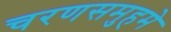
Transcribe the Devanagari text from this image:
चरणसमुहमे